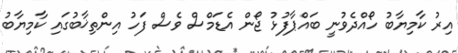
އިރު ކާމިޔާބު ހޯއްދެވުނީ ބައްޕާފުޅު ޖޯން އެޑަމްސް ވެސް ފަހު އިންތިޚާބުގައި ކާމިޔާބު